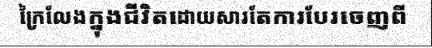
ក្រៃលែងក្នុងជីវិតដោយសារតែការបែរចេញពី